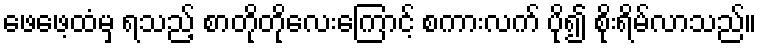
ဖေဖေ့ထံမှ ရသည့် စာတိုတိုလေးကြောင့် စကားလက် ပို၍ စိုးရိမ်လာသည်။